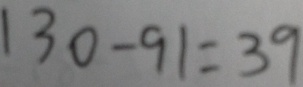
1 3 0 - 9 1 = 3 9